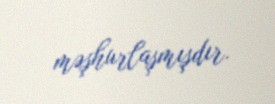
məşhurlaşmışdır.